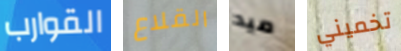
القوارب القلاع ميد تخميني